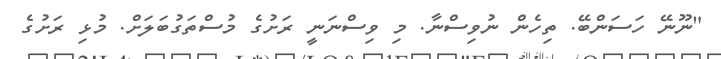
"ނޫނޭ ހަސަންބޭ. ތިހެން ނުވިސްނާ. މި ވިސްނަނީ ރަށުގެ މުސްތަގުބަލަށް. މުޅި ރަށުގެ